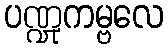
ပဏ္ဍုကမ္ဗလေ